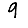
Digit: 9